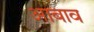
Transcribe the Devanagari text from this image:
आबाव